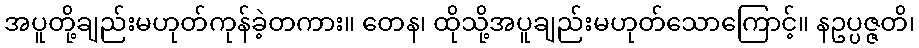
အပူတို့ချည်းမဟုတ်ကုန်ခဲ့တကား။ တေန၊ ထိုသို့အပူချည်းမဟုတ်သောကြောင့်။ နဥပ္ပဇ္ဇတိ၊